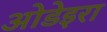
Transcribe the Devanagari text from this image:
ओडेइरा